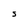
Character: S